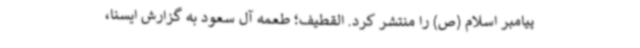
پیامبر اسلام (ص) را منتشر کرد. القطیف؛ طعمه آل سعود به گزارش ایسنا،